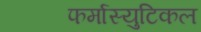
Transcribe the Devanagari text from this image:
फर्मास्युटिकल